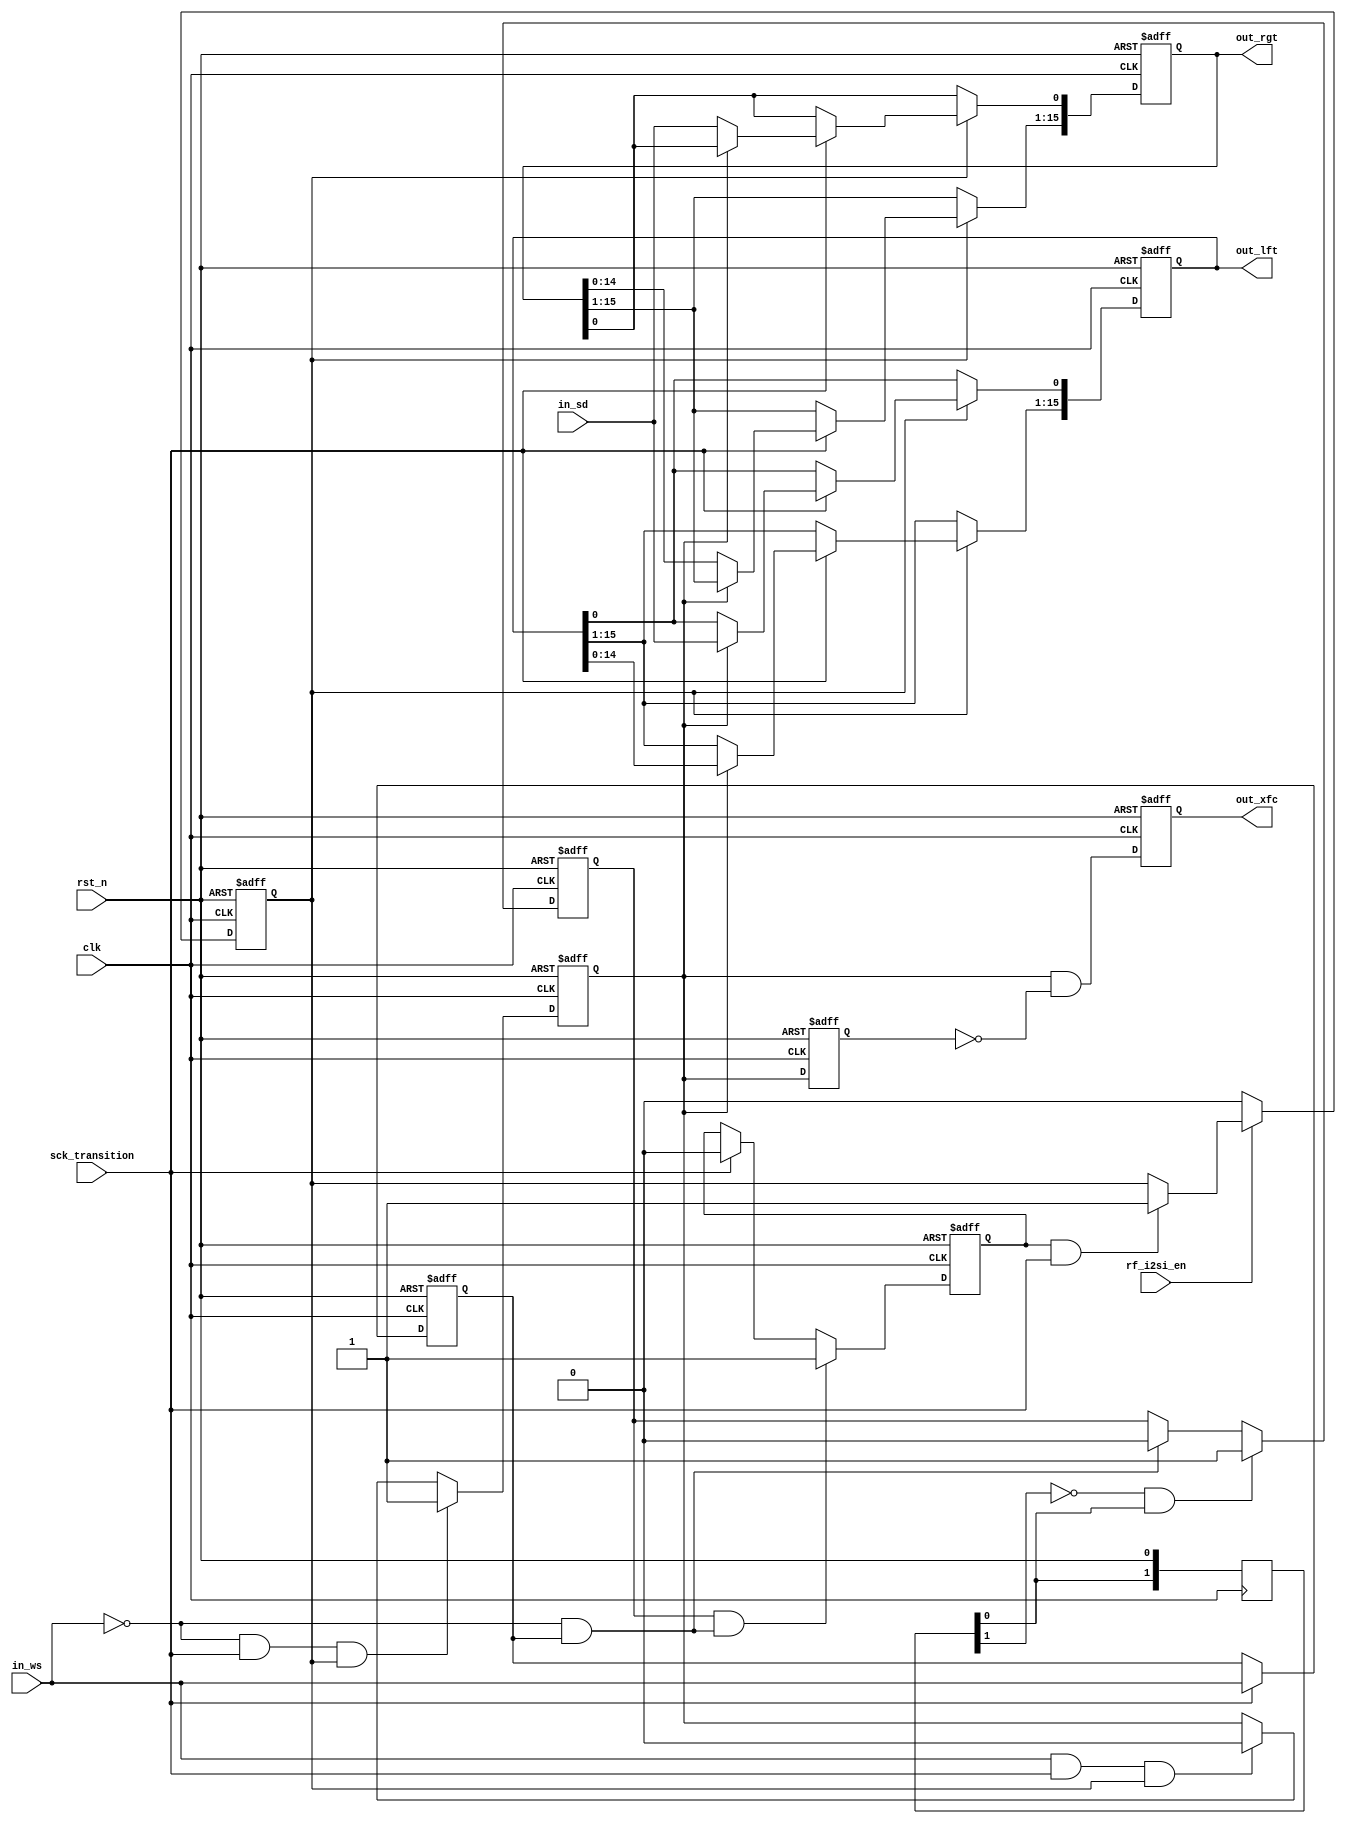
//////////////////////////////////////////////////////////////////////////////////
// Module Name:             i2si_deserializer
// Last Modification:       11/9/2015
//
//Description: The deserializer takes in serial data and converts it to parallel data that is outputted to the mux and fifo sub-blocks.
//
//              Deserializer needs to first be resetted in order to function properly, initializing all values to 0.
//              Once all values are initialized to 0, certain conditions must be met for the deserializer to become active.
//              To become active, rst_n first needs to go from high to low, and then ws needs to go from high to low. 
//              Then when sck_transition high, the deserializer becomes active.
//////////////////////////////////////////////////////////////////////////////////

`timescale 1ns / 1ps

module i2si_deserializer(clk, rst_n, sck_transition, in_ws, in_sd, rf_i2si_en, out_lft, out_rgt, out_xfc);

    //Ports
    input                                   clk;                        //Master clock
    input                                   rst_n;                      //Reset
    input                                   sck_transition;             //Sck transitions from 0 -> 1. Helps tell the deserializer when to perform certain actions
    input                                   in_ws;                      //Word select: defines if left or right channel is being read from. 0 = Left Channel, 1 = Right Channel
    input                                   in_sd;                      //Digital audio serial data
    input                                   rf_i2si_en;                 //Enabled bit that helps define if the deserializer is active or idle
    output reg      [15:0]                  out_lft;                    //Parallel output data of left channel
    output reg      [15:0]                  out_rgt;                    //Parallel output data of right channel
    output reg                              out_xfc;                    //Transfer Complete
                                                                    
    //Internal Variables                                                                                                          
    reg             [ 1:0]                  rst_n_vec;                  //Used to check when rst_n goes from low to high and to trigger armed1
    reg                                     armed1;                     //First signal that helps define idle and active
    reg                                     armed2;                     //Second signal that helps define idle and active
    reg                                     active;                     //Defines if the deserializer is active or not
    reg                                     ws_d;                       //Delayed signal of in_ws
    reg                                     in_left;                    //Defines when the deserializer should read in the left channel
    reg                                     in_left_delay;              //Delayed signal to help define pre_xfc and out_xfc

    wire                                    ws_delay;                   //Delayed signal of ws
    wire                                    ws_transition;              //Check if ws goes from 1 -> 0 when en = 1
    wire                                    pre_xfc;                    //Unsynchronized transfer complete signal




    //delay ws signal
    //used to help create ws_transition to define the deserializer as active
    always @(posedge clk or negedge rst_n)
    begin
        if(!rst_n)
            ws_d <= 1'b0;
        else if(sck_transition)
            ws_d <= in_ws;
    end

    //Re-assigning ws to be more readable
    assign ws_delay = ws_d;

    //ws_transition becomes high when ws goes from 1 -> 0
    //used to help define if deserializer is active
    assign ws_transition = !in_ws && ws_delay;

    //Used to help define active when rst_n goes from low to high
    always @(posedge clk)
    begin
        rst_n_vec[0] <= rst_n;
        rst_n_vec[1] <= rst_n_vec[0];
    end

    //Intermediate step to help define active
    //checks if rst_n goes from high to low
    always @(posedge clk or negedge rst_n)
    begin
        if(!rst_n)
            armed1 <= 1'b0;
        else if(!rst_n_vec[1] && rst_n_vec[0])
            armed1 <= 1'b1;
        else if(ws_transition)
            armed1 <= 1'b0;
    end

    //Intermediate step to help define active
    always @(posedge clk or negedge rst_n)
    begin
        if(!rst_n)
            armed2 <= 1'b0;
        else if(armed1 && ws_transition)
            armed2 <= 1'b1;
        else if(sck_transition)
            armed2 <= 1'b0;
    end

    //Defines when deserializer is idle or active
    always @(posedge clk or negedge rst_n)
    begin
        if(!rst_n)
            active <= 1'b0;
        else if(!rf_i2si_en)
            active <= 1'b0;
        else if(armed2 && sck_transition)
            active <= 1'b1;
    end


    //Tells deserializer when to start reading in data from left channel
    always @(posedge clk or negedge rst_n)
    begin
        if(!rst_n)
            in_left <= 1'b1;
        else if (!in_ws && sck_transition && active)
            in_left <= 1'b1;
        else if (in_ws && sck_transition && active)
            in_left <= 1'b0;
    end

    //Used to help trigger out_xfc																						  
    always @(posedge clk or negedge rst_n)
    begin
        if(!rst_n)
            in_left_delay <= 1'b0;
        else
        begin
            in_left_delay <= in_left;
        end
    end

    //Triggers out_xfc when ws[3] goes from high to low
    //In other words when the system is done reading in the right channel
    //and begins reading in the left channel, trigger xfc.																									
    assign pre_xfc = in_left && !in_left_delay;

    //synchronizing xfc with master clock
    always @(posedge clk or negedge rst_n)
    begin
        if(!rst_n)
            out_xfc <= 1'b0;
        else
            out_xfc <= pre_xfc;
    end
                                                                                                        

    //Store data into either the left or right channel when
    //the deserializer is active and when sck_transition is high
    always @(posedge clk or negedge rst_n)
    begin
        if(!rst_n)
        begin
            out_lft[15:0] <= 16'b0;
            out_rgt[15:0] <= 16'b0;
        end		
        else if(active)
        begin					
            if(sck_transition)
            begin
                if (in_left)
                begin
                    out_lft[15:1] <= out_lft[14:0];
                    out_lft[0]    <= in_sd;
                end	
                else
                begin
                    out_rgt[15:1] <= out_rgt[14:0];
                    out_rgt[0]    <= in_sd;
                end
            end
        end
    end
    
endmodule